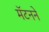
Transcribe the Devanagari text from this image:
मॅटनने